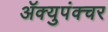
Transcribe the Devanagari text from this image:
ॲक्युपंक्चर